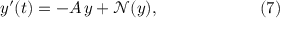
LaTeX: y ^ { \prime } ( t ) = - A \, y + { \mathcal { N } } ( y ) , \qquad \qquad \qquad ( 7 )